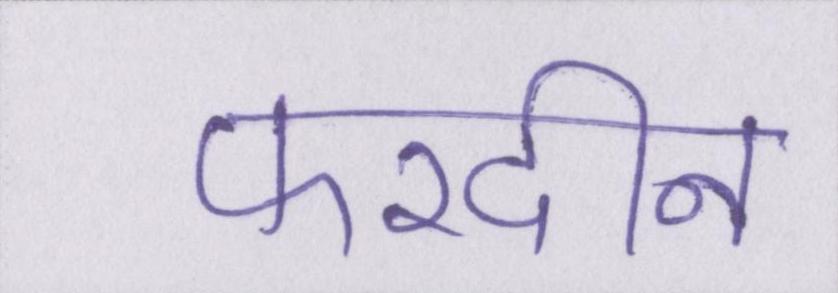
फरदीन